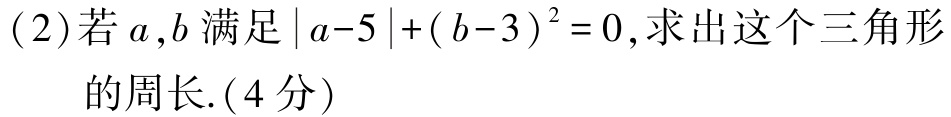
(2)若\(a,b\)满足\(\vert a - 5\vert+(b - 3)^{2}=0\),求出这个三角形

的周长.(4分)